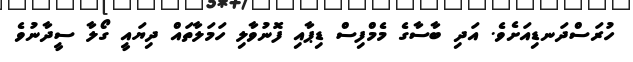
ހުރަސްދަނޑިއަށެވެ. އަދި ބާސާގެ މެމްފިސް ޑިޕާއި ފޮނުވާލި ހަމަލާތައް ދިޔައީ ގޯލާ ސީދާނުވެ